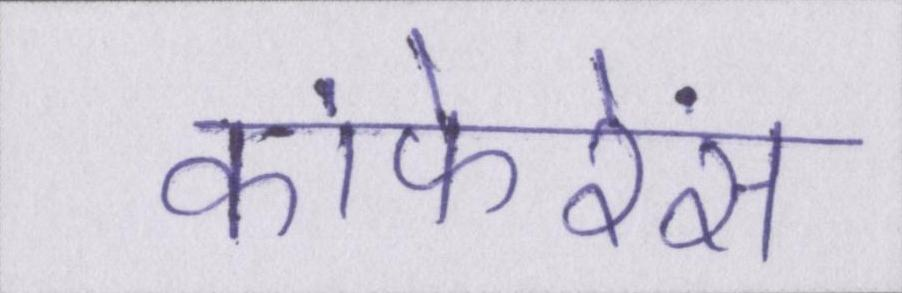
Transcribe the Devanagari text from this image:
कांफेरेंस